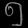
Digit: ၅